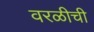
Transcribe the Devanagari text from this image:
वरळीची